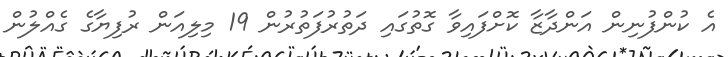
އެ ކުންފުނިން އަންދާޒާ ކޮށްފައިވާ ގޮތުގައި ދަތުރުފަތުރުން 19 މިލިއަން ރުފިޔާގެ ގެއްލުން